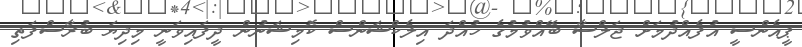
ޕީއެންސީ އުފެއްދުމަށް ޖަލްސާ ބޭއްވުމުގެ ހުއްދަ އިލެކްޝަންސް ކޮމިޝަނުން ދީފައިވަނީ މިދިޔަ ބުރާސްފަތި